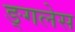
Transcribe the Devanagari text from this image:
ङ्गलेस